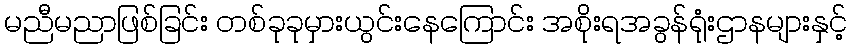
မညီမညာဖြစ်ခြင်း တစ်ခုခုမှားယွင်းနေကြောင်း အစိုးရအခွန်ရုံးဌာနများနှင့်